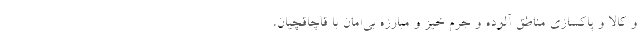
و کالا و پاکسازی مناطق آلوده و جرم خیز و مبارزه بی‌امان با قاچاقچیان،